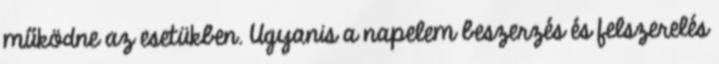
működne az esetükben. Ugyanis a napelem beszerzés és felszerelés